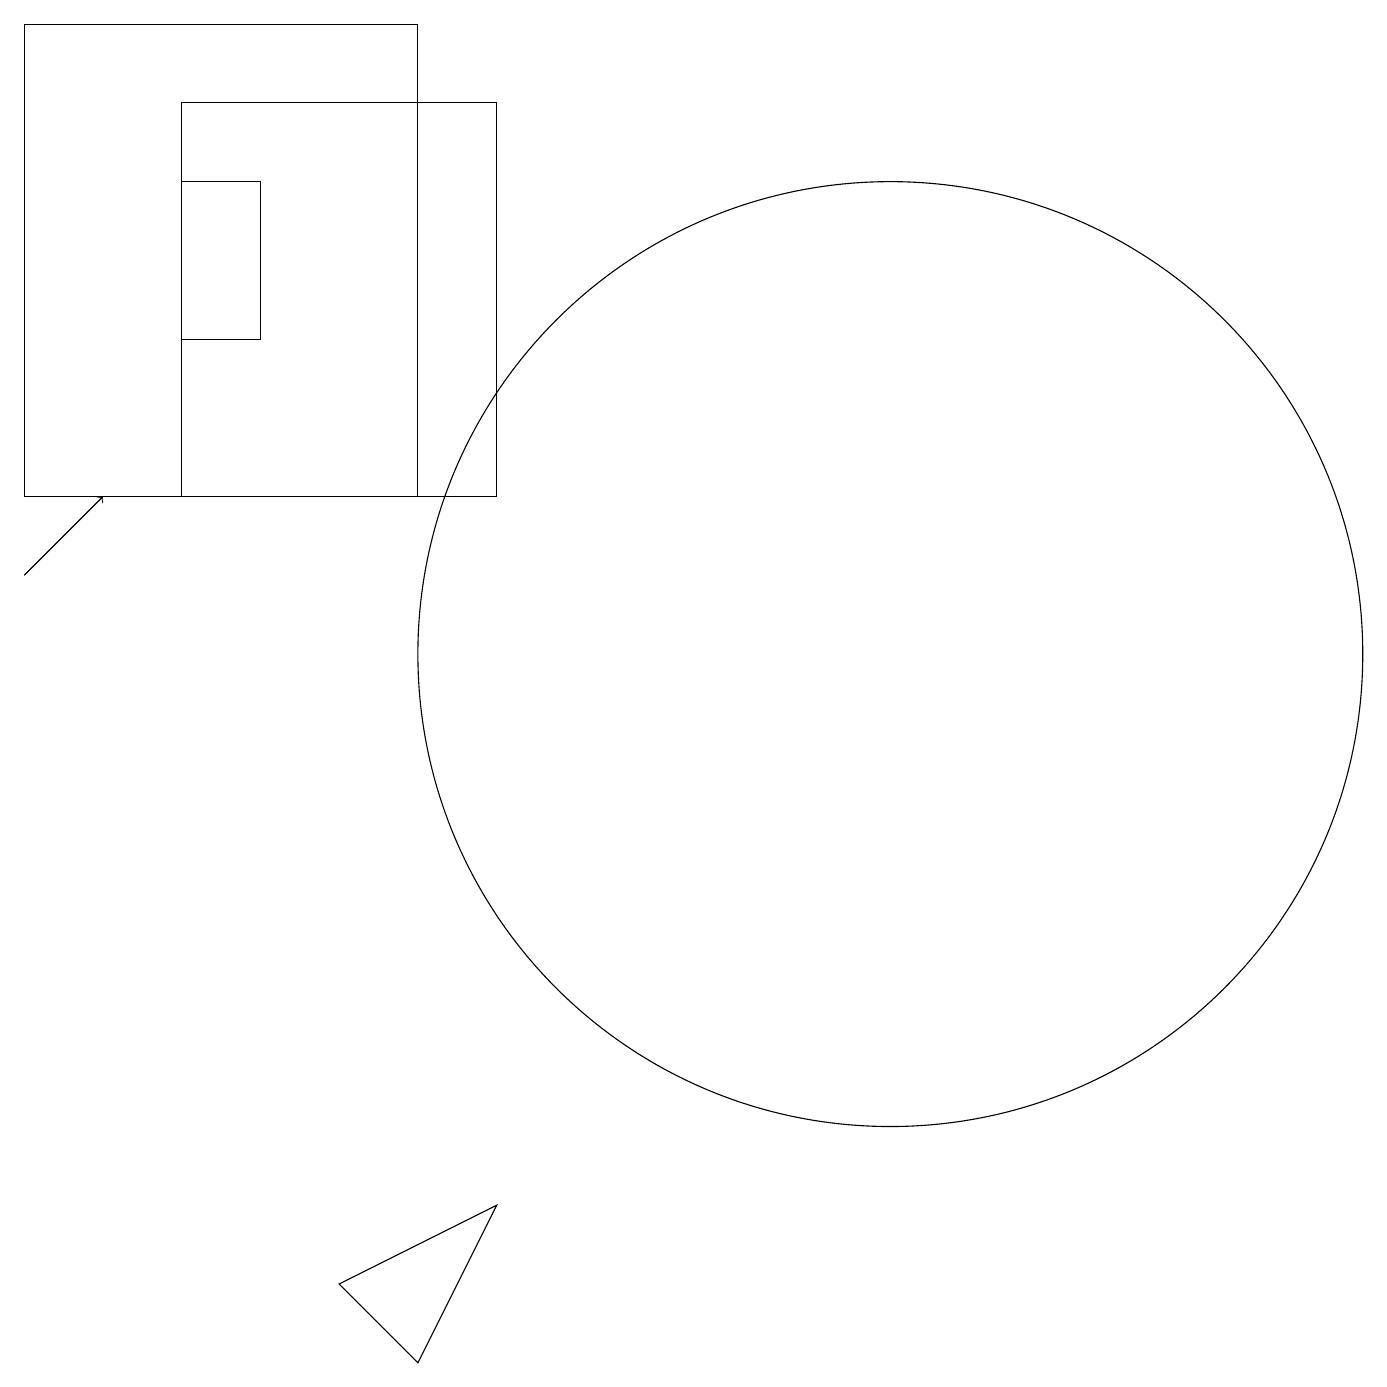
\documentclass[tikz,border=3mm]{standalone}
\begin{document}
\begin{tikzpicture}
\draw (11,10) circle (6);
\draw (2,16) rectangle (3,14);
\draw (2,17) rectangle (6,12);
\draw (11,10) circle (0);
\draw (5,12) rectangle (0,18);
\draw[->] (0,11) -- (1,12);
\draw (5,1) -- (6,3) -- (4,2) -- cycle;
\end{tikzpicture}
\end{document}